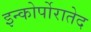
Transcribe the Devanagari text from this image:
इन्कोर्पोरातेद